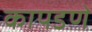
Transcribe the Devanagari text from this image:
कापडणे